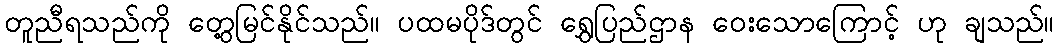
တူညီရသည်ကို တွေ့မြင်နိုင်သည်။ ပထမပိုဒ်တွင် ရွှေပြည်ဌာန ဝေးသောကြောင့် ဟု ချသည်။